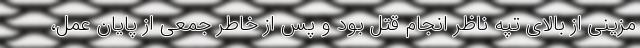
مزینی از بالای تپه ناظر انجام قتل بود و پس از خاطر جمعی از پایان عمل،